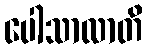
ပေါသာလာတိ